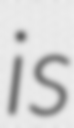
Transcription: is